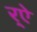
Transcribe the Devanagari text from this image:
र्‌ऐ